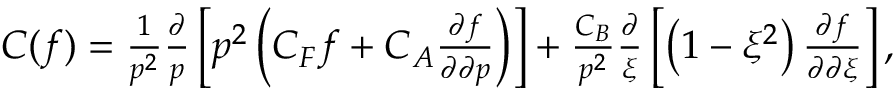
\begin{array} { r } { C ( f ) = \frac { 1 } { p ^ { 2 } } \frac { \partial } { p } \left[ p ^ { 2 } \left( C _ { F } f + C _ { A } \frac { \partial f } { \partial \partial p } \right) \right] + \frac { C _ { B } } { p ^ { 2 } } \frac { \partial } { \xi } \left[ \left( 1 - \xi ^ { 2 } \right) \frac { \partial f } { \partial \partial \xi } \right] , } \end{array}